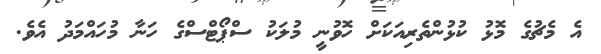
އެ މެޗުގެ މޮޅު ކުޅުންތެރިއަކަށް ހޮވުނީ މުލަކު ސްޕޯޓްސްގެ ހަނާ މުހައްމަދު އެވެ.